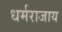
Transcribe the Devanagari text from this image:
धर्मराजाय